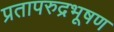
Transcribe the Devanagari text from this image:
प्रतापरुद्रभूषण